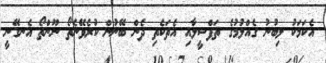
އެކަމަކު ލިބުނު ގެއްލުމުގެ ތަފްސީލާއި އެތަކެތި ދެން ބޭނުން ކުރެވޭނެތޯ ނޫންތޯ އެނގޭނީ